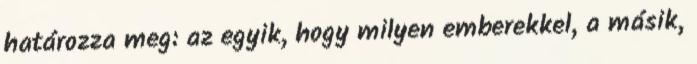
határozza meg: az egyik, hogy milyen emberekkel, a másik,